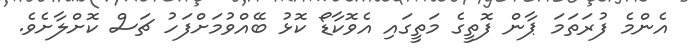
އެންމެ ފުރަތަމަ ޕާން ފޮތީގެ މަތީގައި އެވޮކާޑޯ ކޮޅު ބޭއްވުމަށްފަހު ޗަސް ކޮށްލާށެވެ.